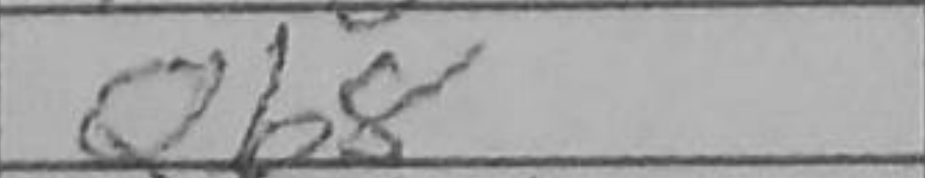
Transcription: Qb8